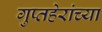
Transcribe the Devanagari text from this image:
गुप्तहेरांच्या